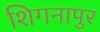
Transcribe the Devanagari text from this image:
शिगनापुर